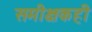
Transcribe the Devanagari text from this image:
समीक्षकही